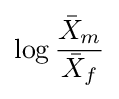
\operatorname {log} {\frac {{\bar {X}}_{m}}{{\bar {X}}_{f}}}